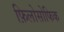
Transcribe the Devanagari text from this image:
फ़िलोसोफिक